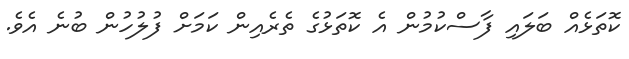
ކޮތަޅެއް ބަލައި ފާސްކުުމުން އެ ކޮތަޅުގެ ތެރެއިން ކަމަށް ފުލުހުން ބުނެ އެވެ.